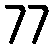
77